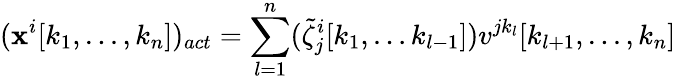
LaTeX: (\mathbf{x}^{i}[k_{1},...,k_{n}])_{act}=\sum_{l=1}^{n}(\tilde{{\zeta}}_{j}^{i}[k_{1},...k_{l-1}])v^{jk_{l}}[k_{l+1},...,k_{n}]